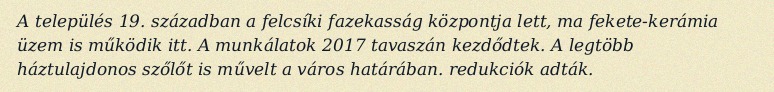
A település 19. században a felcsíki fazekasság központja lett, ma fekete-kerámia üzem is működik itt. A munkálatok 2017 tavaszán kezdődtek. A legtöbb háztulajdonos szőlőt is művelt a város határában. redukciók adták.